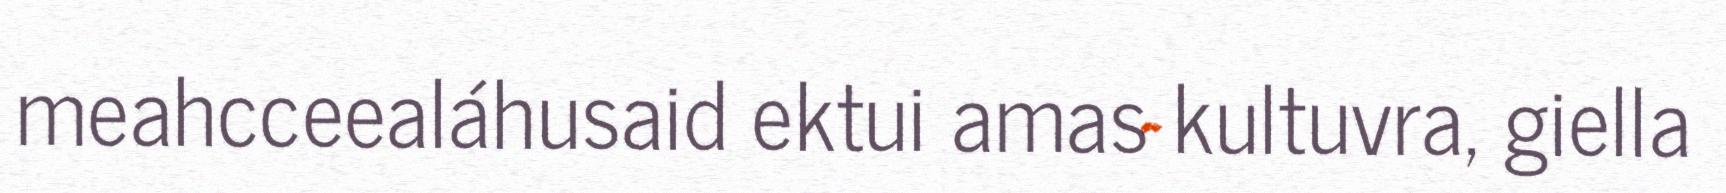
meahcceealáhusaid ektui amas kultuvra, giella